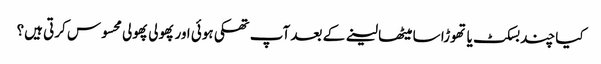
کیا چند بسکٹ یا تھوڑا سا میٹھا لینے کے بعد آپ تھکی ہوئی اور پھولی پھولی محسوس کرتی ہیں؟